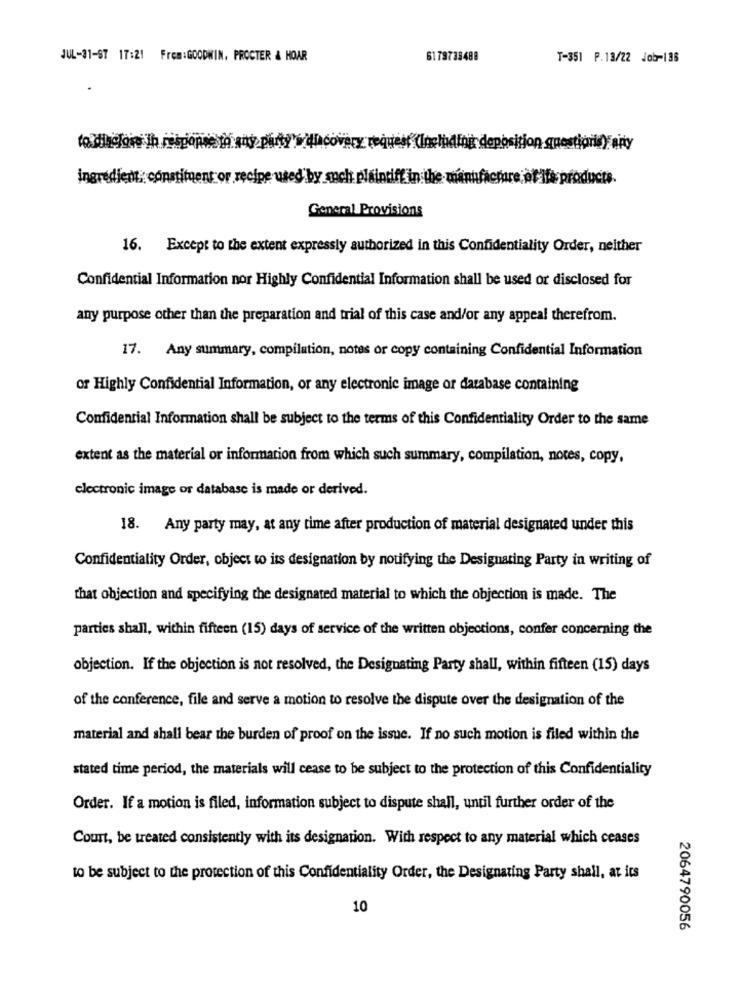
JUL-31-ST 17:21 Frem:GOODWIN, PROCTER & HOAR
61 79738488
T-351 P.13/22 Job-136
ing
e used by such plais
General Provisions
16. Except to the extent expressly authorized in this Confidentiality Order, neither
Confidential Information nor Highly Confidential Information shall be used or disclosed for
any purpose other than the preparation and trial of this case and/or any appeal therefrom.
17. Any summary, compilation, notes or copy containing Confidential Information
or Highly Confidential Information, or any electronic image or database containing
Confidential Information shall be subject to the terms of this Confidentiality Order to the same
extent as the material or information from which such summary, compilation, notes, copy,
electronic image or database is made or derived.
18. Any party may, at any time after production of material designated under this
Confidentiality Order, object to its designation by notifying the Designating Party in writing of
that objection and specifying the designated material to which the objection is made. The
parties shall, within fifteen (15) days of service of the written objections, confer concerning the
objection. If the objection is not resolved, the Designating Party shall, within fifteen (15) days
of the conference, file and serve a motion to resolve the dispute over the designation of the
material and shall bear the burden of proof on the issue. If no such motion is filed within the
stated time period, the materials will cease to be subject to the protection of this Confidentiality
Order. If a motion is filed, information subject to dispute shall, until further order of the
Court, be treated consistently with its designation. With respect to any material which ceases
to be subject to the protection of this Confidentiality Order, the Designating Party shall, at its
10
2064790056